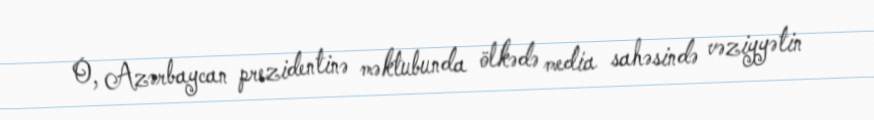
O, Azərbaycan prezidentinə məktubunda ölkədə media sahəsində vəziyyətin